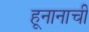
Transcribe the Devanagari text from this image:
हूनानाची